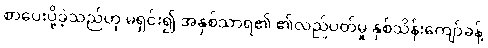
စာပေးပို့ခဲ့သည်ဟု မရှင်း၍ အနှစ်သာရ၏ ၏လည်ပတ်မှု နှစ်သိန်းကျော်ခန့်